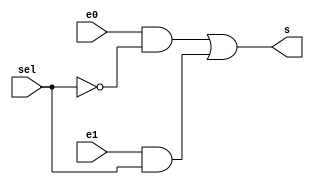
module mux2to1(
input e0,
input e1,
input sel,
output s
);

wire buf1, buf2, n_sel;
not(n_sel, sel);
and(buf1, e0, n_sel);
and(buf2, e1, sel);
or(s, buf1, buf2);

endmodule